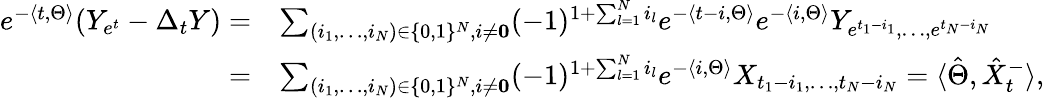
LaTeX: \begin{array}{rl}{e^{-\langle t,\Theta\rangle}(Y_{e^{t}}-\Delta_{t}Y)=}&{\sum_{(i_{1},\dots,i_{N})\in\{ 0,1\} ^{N},i\neq\mathbf{0}}(-1)^{1+\sum_{l=1}^{N}i_{l}}e^{-\langle t-i,\Theta\rangle}e^{-\langle i,\Theta\rangle}Y_{e^{t_{1}-i_{1}},\dots,e^{t_{N}-i_{N}}}}\\ {=}&{\sum_{(i_{1},\dots,i_{N})\in\{ 0,1\} ^{N},i\neq\mathbf{0}}(-1)^{1+\sum_{l=1}^{N}i_{l}}e^{-\langle i,\Theta\rangle}X_{{t_{1}-i_{1}},\dots,{t_{N}-i_{N}}}=\langle\hat{\Theta},\hat{X}_{t}^{-}\rangle,}\end{array}